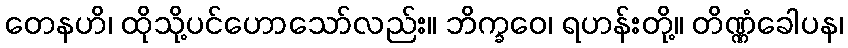
တေနဟိ၊ ထိုသို့ပင်ဟောသော်လည်း။ ဘိက္ခဝေ၊ ရဟန်းတို့။ တိဏ္ဏံခေါပန၊